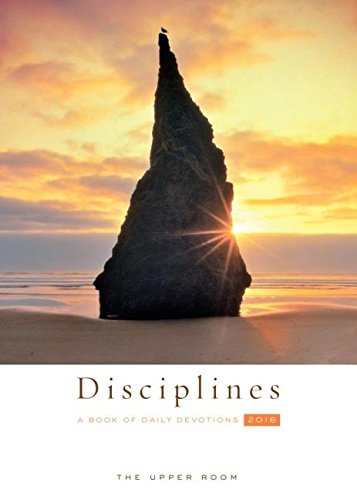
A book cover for The Upper Room Disciplines 2016: A Book of Daily Devotions (Upper Room Book of Disciplines); Upper Room; Christian Books & Bibles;